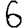
Digit: 6